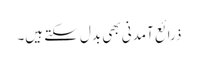
ذرائع آمدنی بھی بدل سکتے ہیں۔